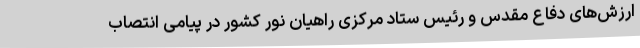
ارزش‌های دفاع مقدس و رئیس ستاد مرکزی راهیان نور کشور در پیامی انتصاب